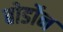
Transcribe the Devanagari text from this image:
बोर्डोन